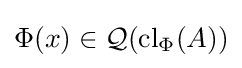
\Phi (x)\in {\mathcal {Q}}({\mbox{cl}}_{\Phi }(A))